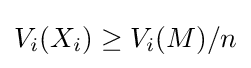
V_{i}(X_{i})\geq V_{i}(M)/n